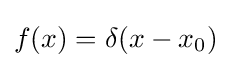
f(x)=\delta (x-x_{0})